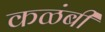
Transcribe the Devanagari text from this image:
कळंबी